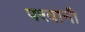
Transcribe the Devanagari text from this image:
परवानी